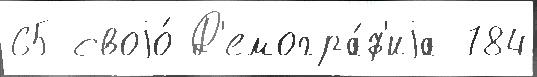
65 своjо́ Д'емогра́ф'иjа 784